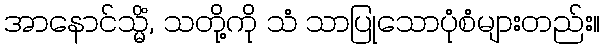
အာနောင်သ္မိံ, သတို့ကို သံ သာပြုသောပုံစံများတည်း။